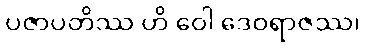
ပဇာပတိဿ ဟိ ဝေါ ဒေဝရာဇဿ၊